Annual administration report of the Civil Veterinary Department of India - 1897-1898
Year: 1897
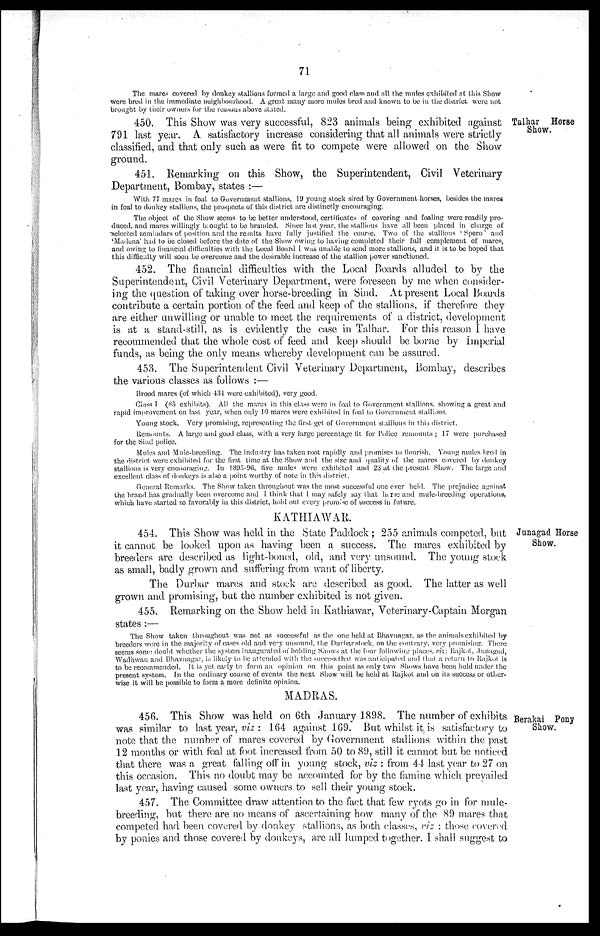
71
The mares covered by donkey stallions formed a large and good class and all the mules exhibited at this Show
were bred in the immediate neighbourhood. A great many more mules bred and known to be in the district, were not
brought by their owners for the reasons above stated.
Talhar Horse
Show.
450. This Show was very successful, 823 animals being exhibited against
791 last year. A satisfactory increase considering that all animals were strictly
classified, and that only such as were fit to compete were allowed on the Show
ground.
451. Remarking on this Show, the Superintendent, Civil Veterinary
Department, Bombay, states:—
With 77 mares in foal to Government stallions, 19 young stock sired by Government horses, besides the mares
in foal to donkey stallions, the prospects of this district are distinctly encouraging.
The object of the Show seems to be better understood, certificates of covering and foaling were readily pro-
duced, and mares willingly brought to be branded. Since last year, the stallions have all been placed in charge of
selected zemindars of position and the results have fully justified the course. Two of the stallions 'Spero' and
'Madena' had to be closed before the date of the Show owing to having completed their full complement of mares,
and owing to financial difficulties with the Local Board I was unable to send more stallions, and it is to be hoped that
this difficulty will soon be overcome and the desirable increase of the stallion power sanctioned.
452. The financial difficulties with the Local Boards alluded to by the
Superintendent, Civil Veterinary Department, were foreseen by me when consider-
ing the question of taking over horse-breeding in Sind. At present Local Boards
contribute a certain portion of the feed and keep of the stallions, if therefore they
are either unwilling or unable to meet the requirements of a district, development
is at a stand-still, as is evidently the case in Talhar. For this reason I have
recommended that the whole cost of feed and keep should be borne by Imperial
funds, as being the only means whereby development can be assured.
453. The Superintendent Civil Veterinary Department, Bombay, describes
the various classes as follows:—
Brood mares (of which 434 were exhibited), very good.
Class I (85 exhibits). All the mares in this class were in foal to Government stallions, showing a great and
rapid improvement on last year, when only 10 mares were exhibited in foal to Government stallions.
Young stock. Very promising, representing the first get of Government stallions in this district.
Remounts. A large and good class, with a very large percentage fit for Police remounts; 17 were purchased
for the Sind police.
Mules and Mule-breeding. The industry has taken root rapidly and promises to flourish. Young mules bred in
the district were exhibited for the first time at the Show and the size and quality of the mares covered by donkey
stallions is very encouraging. In 1895-96, five mules were exhibited and 28 at the present Show. The large and
excellent class of donkeys is also a point worthy of note in this district.
General Remarks. The Show taken throughout was the most successful one ever held. The prejudice against
the brand has gradually been overcome and I think that I may safely say that horse and mule-breeding operations,
which have started so favorably in this district, hold out every promise of success in future.
KATHIAWAR.
Junagad Horse
Show.
454. This Show was held in the State Paddock; 255 animals competed, but
it cannot be looked upon as having been a success. The mares exhibited by
breeders are described as light-boned, old, and very unsound. The young stock
as small, badly grown and suffering from want of liberty.
The Durbar mares and stock are described as good. The latter as well
grown and promising, but the number exhibited is not given.
455. Remarking on the Show held in Kathiawar, Veterinary-Captain Morgan
states:—
The Show taken throughout was not as successful as the one held at Bhavnagar. as the animals exhibited by
breeders were in the majority of cases old and very unsound, the Durbar stock, on the contrary, very promising. There
seems some doubt whether the system inaugurated of holding Shows at the four following places, viz: Rajkot, Junagad,
Wadhwan and Bhavnagar, is likely to be attended with the success that was anticipated and that a return to Rajkot is
to be recommended. It is yet early to form an opinion on this point as only two Shows have been held under the
present system. In the ordinary course of events the next Show will be held at Rajkot and on its success or other-
wise it will be possible to form a more definite opinion.
MADRAS.
Berakai Pony
Show.
456. This Show was held on 6th January 1898. The number of exhibits
was similar to last year, viz: 164 against 169. But whilst it is satisfactory to
note that the number of mares covered by Government stallions within the past
12 months or with foal at foot increased from 50 to 89, still it cannot but be noticed
that there was a great falling off in young stock, viz: from 44 last year to 27 on
this occasion. This no doubt may be accounted for by the famine which prevailed
last year, having caused some owners to sell their young stock.
457. The Committee draw attention to the fact that few ryots go in for mule-
breeding, but there are no means of ascertaining how many of the 89 mares that
competed had been covered by donkey stallions, as both classes, viz: those covered
by ponies and those covered by donkeys, are all lumped together. I shall suggest to